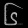
Digit: ၆